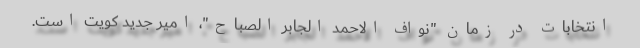
انتخابات در زمان "نواف الاحمد الجابر الصباح"، امیر جدید کویت است.